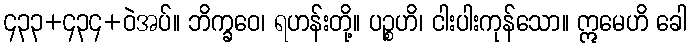
၄၃၃+၄၃၄+ဝဲအပ်။ ဘိက္ခဝေ၊ ရဟန်းတို့။ ပဉ္စဟိ၊ ငါးပါးကုန်သော။ ဣမေဟိ ခေါ